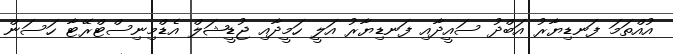
އުއްތަމަ ފަނޑިޔާރު އަބްދު ސައީދާއި ފަނޑިޔާރު އަލީ ހަމީދާއި ޖުޑީޝަލް އެޑްމިނިސްޓްރޭޓާ ހަސަން